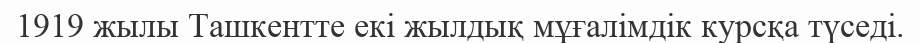
1919 жылы Ташкентте екі жылдық мұғалімдік курсқа түседі.